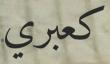
كعبري